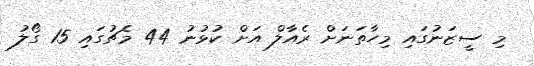
މި ސީޒަނުގައި މިހާތަނަށް ރެއާލް އަށް ކުޅުނު 44 މެޗުގައި 15 ގޯލު